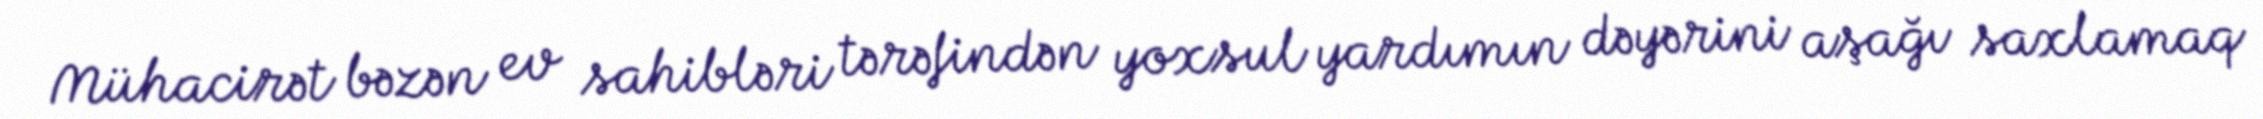
Mühacirət bəzən ev sahibləri tərəfindən yoxsul yardımın dəyərini aşağı saxlamaq